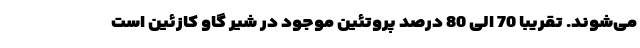
می‌شوند. تقریبا 70 الی 80 درصد پروتئین موجود در شیر گاو کازئین است